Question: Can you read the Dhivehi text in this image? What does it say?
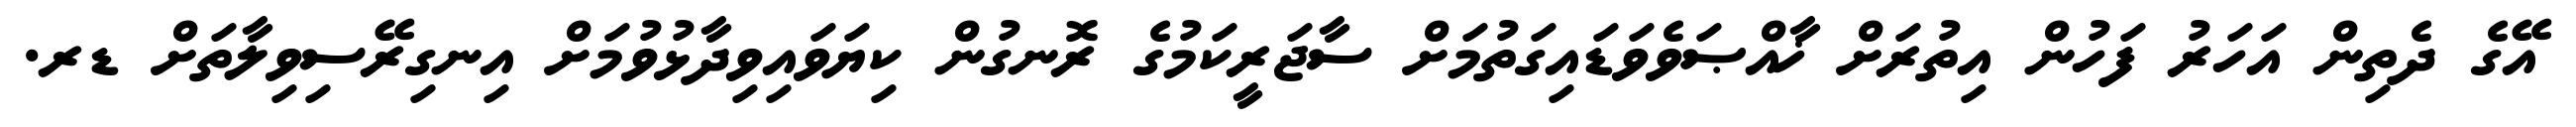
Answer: އޭގެ ދެތިން އަހަރު ފަހުން އިތުރަށް ޚާއްޞަވެވަޑައިގަތުމަށް ސާޖަރީކަމުގެ ރޮނގުން ކިޔަވައިވިދާޅުވުމަށް އިނގިރޭސިވިލާތަށް ޑރ.